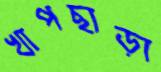
খাপছাড়া